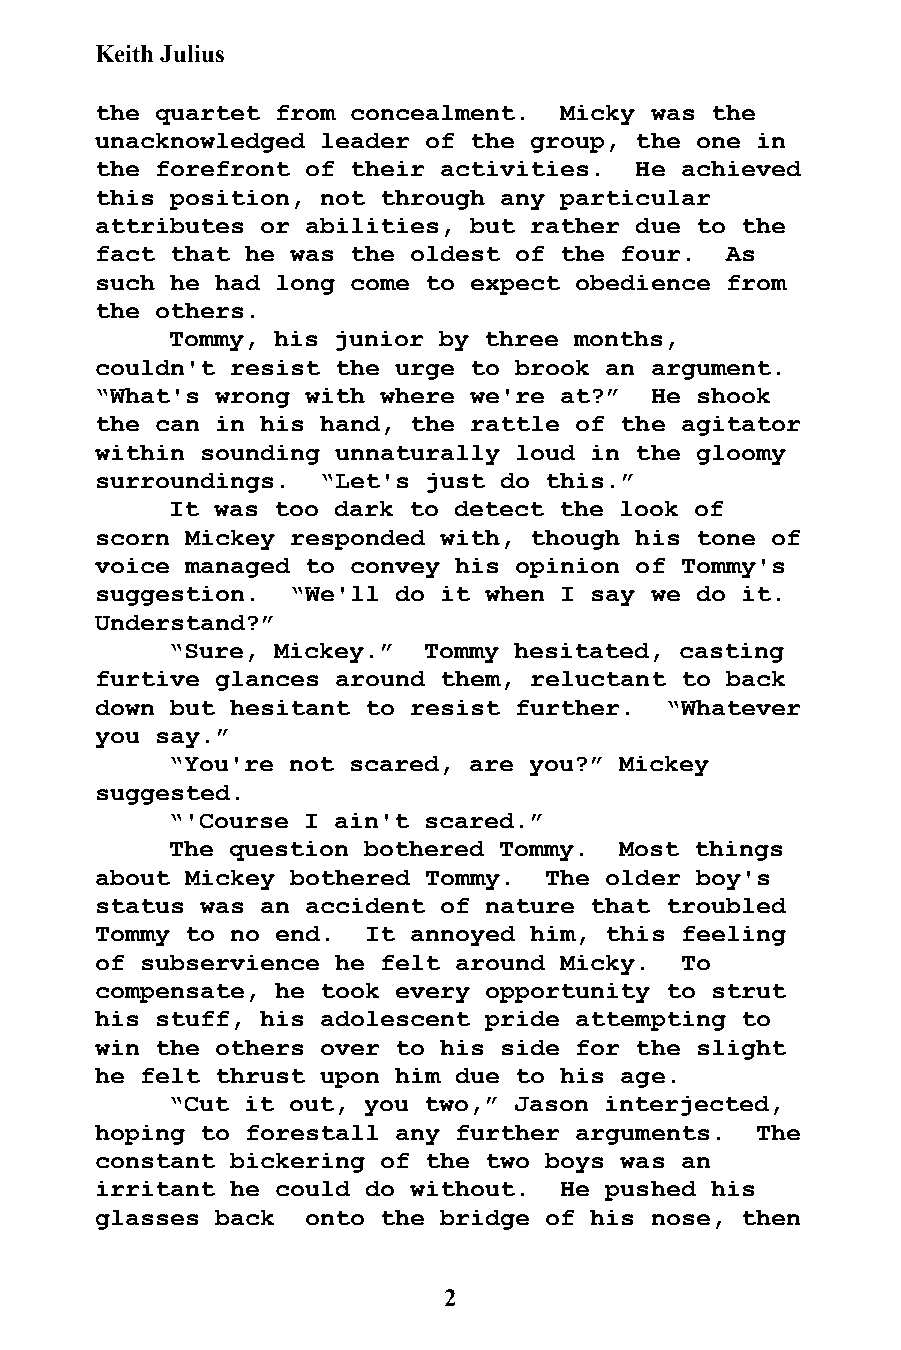
Keith Julius
 the quartet from concealment.  Micky was the
 unacknowledged leader of the group, the one in
 the forefront of their activities.  He achieved
 this position, not through any particular
 attributes or abilities, but rather due to the
 fact that he was the oldest of the four.  As
 such he had long come to expect obedience from
 the others.
 Tommy, his junior by three months,
 couldn't resist the urge to brook an argument.
 “What's wrong with where we're at?”  He shook
 the can in his hand, the rattle of the agitator
 within sounding unnaturally loud in the gloomy
 surroundings.  “Let's just do this.”
 It was too dark to detect the look of
 scorn Mickey responded with, though his tone of
 voice managed to convey his opinion of Tommy's
 suggestion.  “We'll do it when I say we do it.
 Understand?”
 “Sure, Mickey.”  Tommy hesitated, casting
 furtive glances around them, reluctant to back
 down but hesitant to resist further.  “Whatever
 you say.”
 “You're not scared, are you?” Mickey
 suggested.
 “'Course I ain't scared.”
 The question bothered Tommy.  Most things
 about Mickey bothered Tommy.  The older boy's
 status was an accident of nature that troubled
 Tommy to no end.  It annoyed him, this feeling
 of subservience he felt around Micky.  To
 compensate, he took every opportunity to strut
 his stuff, his adolescent pride attempting to
 win the others over to his side for the slight
 he felt thrust upon him due to his age.
 “Cut it out, you two,” Jason interjected,
 hoping to forestall any further arguments.  The
 constant bickering of the two boys was an
 irritant he could do without.  He pushed his
 glasses back  onto the bridge of his nose, then
 2